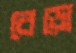
বেড়ো